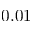
0 . 0 1